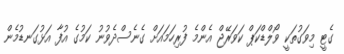
ގެޓީ މިވަގުތަކީ ވޯލްޑްކަޕް ކަވަރޭޖް އެންމެ ފުރިހަމައަށް ގެނެސްދެވުނު ކަމުގެ އުފާ އަޅުގަނޑުމެން